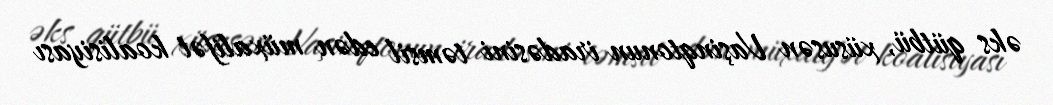
əks qütbü, xüsusən Vaşinqtonun iradəsini təmsil edən müxalifət koalisiyası